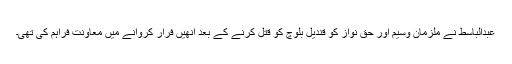
عبدالباسط نے ملزمان وسیم اور حق نواز کو قندیل بلوچ کو قتل کرنے کے بعد اُنھیں فرار کروانے میں معاونت فراہم کی تھی۔